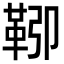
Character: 𩊎